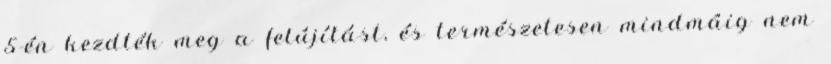
5-én kezdték meg a felújítást, és természetesen mindmáig nem